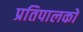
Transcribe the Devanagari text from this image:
प्रतिपालकों